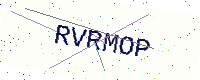
Text: RVRMOP